Annual administration report of the Civil Veterinary Department of India - 1894-1895
Year: 1894
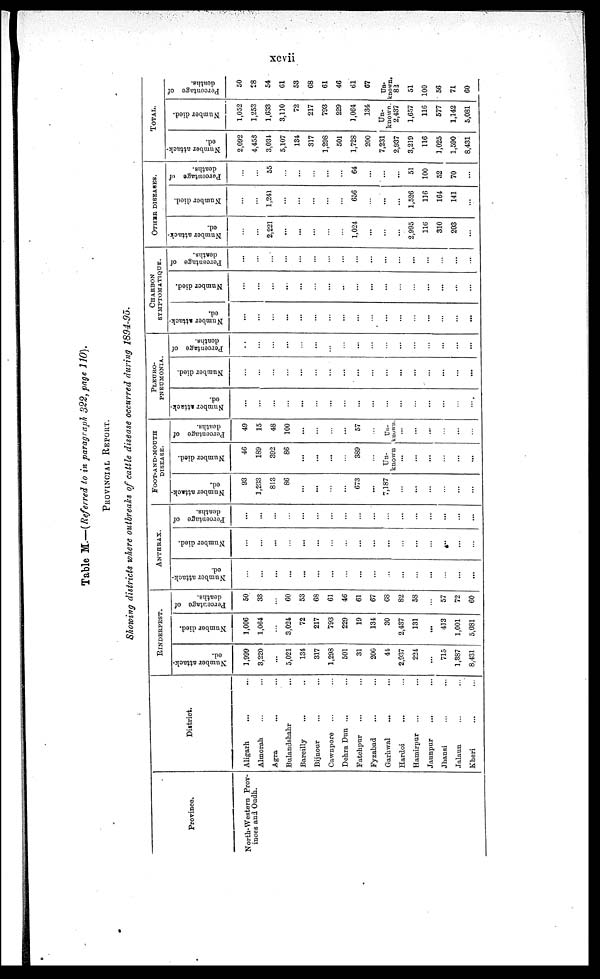
xcvii
Table M.—(Referred to in paragraph 322, page 110).
PROVINCIAL REPORT.
Showing districts where outbreaks of cattle disease occurred during 1894-95.
Province.
North-Western Prov-
inces and Oudh.
District.
Aligarh... ...
Almorah ... ...
Agra... ...
Bulandshahr
...
...
Bareilly
...
...
Bijnour
...
...
Cawnpore ... ...
Dehra Dun ... ...
Fatehpur
... ...
Fyzabad
... ...
Garhwal
...
...
Hardoi
... ...
Hamirpur ... ...
Jaunpur
...
...
Jhansi ... ...
Jalaun ... ...
Kheri
...
...
RINDERPEST.
Number attack-
ed.
1,999
3,220
...
5,021
134
317
1,298
501
31
206
44
2,937
224
...
715
1,387
8,431
Number died.
1,006
1,064
...
3,024
72
217
793
229
19
134
30
2,437
131
...
413
1,001
5,081
Percentage of
deaths.
50
33
...
60
53
68
61
46
61
67
68
82
58
...
57
72
60
ANTHRAX.
Number attack-
ed.
...
...
...
...
...
...
...
...
...
...
...
...
...
...
...
...
...
Number died.
...
...
...
...
...
...
...
...
...
...
...
...
...
...
...
...
...
Percentage of
deaths.
...
...
...
...
...
...
...
...
...
...
...
...
...
...
...
...
FOOT-AND-MOUTH
DISEASE.
Number attack-
ed.
93
1,233
813
86
...
...
...
...
673
...
7,187
...
...
...
...
...
...
Number died.
46
189
392
86
...
...
...
...
389
...
Un-
known
...
...
...
...
...
...
Percentage of
deaths.
49
15
48
100
...
...
...
...
57
...
Un-
known.
...
...
...
...
...
...
PLEURO-
PNEUMONIA.
Number attack-
ed.
...
...
...
...
...
...
...
...
...
...
...
...
...
...
...
...
...
Number died.
...
...
...
...
...
...
...
...
...
...
...
...
...
...
...
...
...
Percentage of
deaths.
...
...
...
...
...
...
...
...
...
...
...
...
...
...
...
...
...
CHARBON
SYMPTOMATIQUE.
Number attack-
ed.
...
...
...
...
...
...
...
...
...
...
...
...
...
...
...
...
...
Number died.
...
...
...
...
...
...
...
...
...
...
...
...
...
...
...
...
...
Percentage of
deaths.
...
...
...
...
...
...
...
...
...
...
...
...
...
...
...
...
...
OTHER DISEASES.
Number attack-
ed.
...
...
2,221
...
...
...
...
...
1,024
...
...
...
2,995
116
310
203
...
Number died.
...
...
1,241
...
...
...
...
...
656
...
...
...
1,526
116
164
141
...
Percentage of
deaths.
...
...
55
...
...
...
...
...
64
...
...
...
51
100
52
70
...
TOTAL.
Number attack-
ed.
2,092
4,453
3,034
5,107
134
317
1,298
501
1,728
200
7,231
2,937
3,219
116
1,025
1,590
8,431
Number died.
1,052
1,253
1,633
3,110
72
217
793
229
1,064
134
Un-
known
2,437
1,657
116
577
1,142
5,081
Percentage of
deaths.
50
28
54
61
53
68
61
46
61
67
Un¬
known.
82
51
100
56
71
60